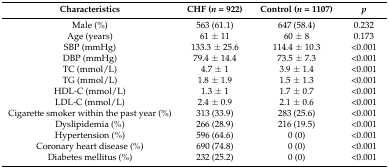
<table><thead><tr><td><b>Characteristics</b></td><td><b>CHF (<i>n</i> = 922)</b></td><td><b>Control (<i>n</i> = 1107)</b></td><td><b><i>p</i></b></td></tr></thead><tbody><tr><td>Male (%)</td><td>563 (61.1)</td><td>647 (58.4)</td><td>0.232</td></tr><tr><td>Age (years)</td><td>61 ± 11</td><td>60 ± 8</td><td>0.173</td></tr><tr><td>SBP (mmHg)</td><td>133.3 ± 25.6</td><td>114.4 ± 10.3</td><td>&lt;0.001</td></tr><tr><td>DBP (mmHg)</td><td>79.4 ± 14.4</td><td>73.5 ± 7.3</td><td>&lt;0.001</td></tr><tr><td>TC (mmol/L)</td><td>4.7 ± 1</td><td>3.9 ± 1.4</td><td>&lt;0.001</td></tr><tr><td>TG (mmol/L)</td><td>1.8 ± 1.9</td><td>1.5 ± 1.3</td><td>&lt;0.001</td></tr><tr><td>HDL-C (mmol/L)</td><td>1.3 ± 1</td><td>1.7 ± 0.7</td><td>&lt;0.001</td></tr><tr><td>LDL-C (mmol/L)</td><td>2.4 ± 0.9</td><td>2.1 ± 0.6</td><td>&lt;0.001</td></tr><tr><td>Cigarette smoker within the past year (%)</td><td>313 (33.9)</td><td>283 (25.6)</td><td>&lt;0.001</td></tr><tr><td>Dyslipidemia (%)</td><td>266 (28.9)</td><td>216 (19.5)</td><td>&lt;0.001</td></tr><tr><td>Hypertension (%)</td><td>596 (64.6)</td><td>0 (0)</td><td>&lt;0.001</td></tr><tr><td>Coronary heart disease (%)</td><td>690 (74.8)</td><td>0 (0)</td><td>&lt;0.001</td></tr><tr><td>Diabetes mellitus (%)</td><td>232 (25.2)</td><td>0 (0)</td><td>&lt;0.001</td></tr></tbody></table>